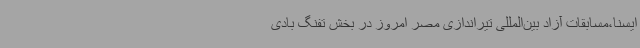
ایسنا،مسابقات آزاد بین‌المللی تیراندازی مصر امروز در بخش تفنگ بادی